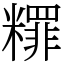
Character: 䊫